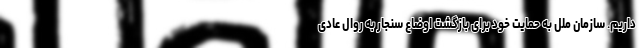
داریم. سازمان ملل به حمایت خود برای بازگشت اوضاع سنجار به روال عادی